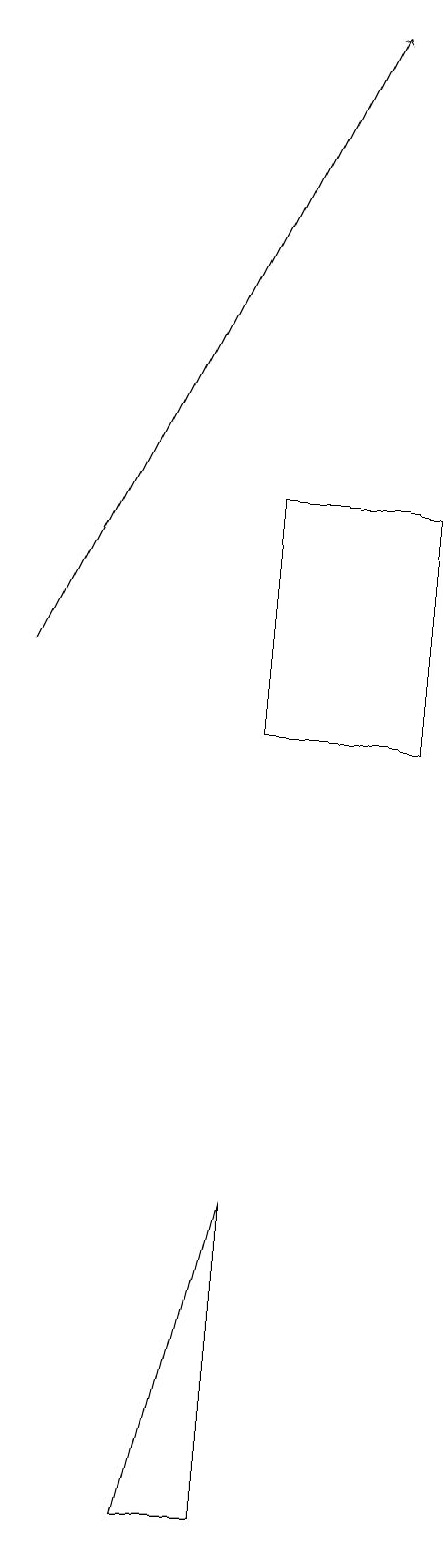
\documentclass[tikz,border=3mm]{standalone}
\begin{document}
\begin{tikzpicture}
\draw[->] (0,11) -- (4,19);
\draw (3,13) rectangle (5,10);
\draw (3,0) -- (3,4) -- (2,0) -- cycle;
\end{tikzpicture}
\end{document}